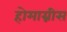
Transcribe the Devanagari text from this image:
होमाग्नीस